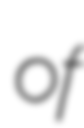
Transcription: of